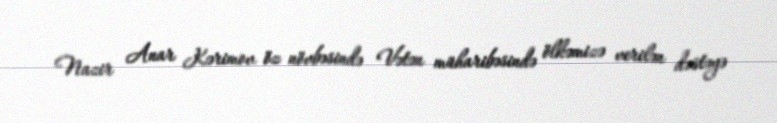
Nazir Anar Kərimov öz növbəsində Vətən müharibəsində ölkəmizə verilən dəstəyə